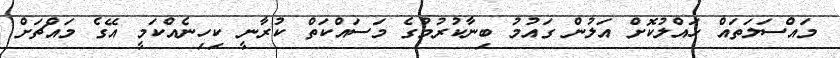
މައްސަލަތައް ހައްލުކޮށް އަލުން ގައުމު ބިނާކުރުމުގެ މަސައްކަތް ކުރާނީ ކިހިނެއްކަމީ އޭގެ މައްޗަށް